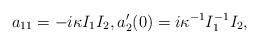
LaTeX: \begin{align*} a_{11}=-i\kappa I_1I_2, a_2'(0)=i\kappa^{-1}I^{-1}_1I_2,\end{align*}